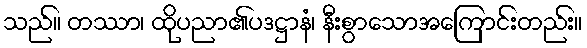
သည်။ တဿာ၊ ထိုပညာ၏ပဒဋ္ဌာနံ၊ နီးစွာသောအကြောင်းတည်း။